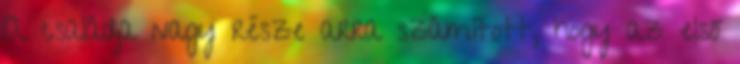
A családja nagy része arra számított, hogy az első